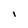
Character: i